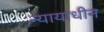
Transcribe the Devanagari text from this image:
न्यायाधीन